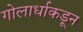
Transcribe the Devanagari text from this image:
गोलार्धाकडून